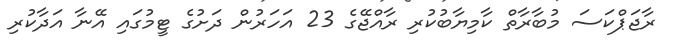
ރާޖަޕްކަސަ މުބާރާތް ކާމިޔާބުކުރި ރާއްޖޭގެ 23 އަހަރުން ދަށުގެ ޓީމުގައި އޭނާ އަދާކުރި